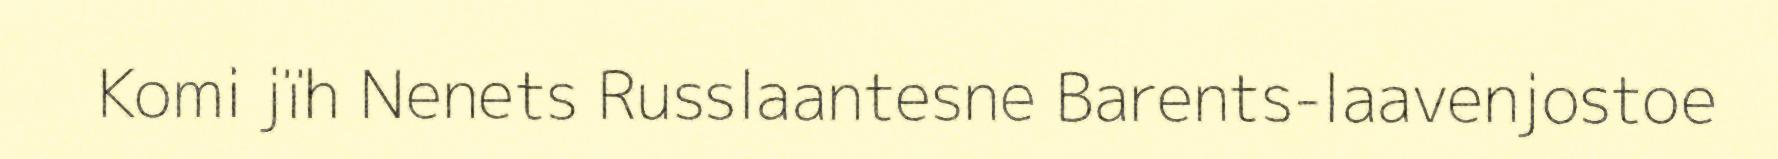
Komi jïh Nenets Russlaantesne Barents-laavenjostoe